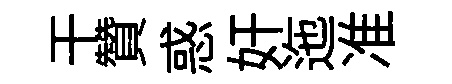
干贊惑奸迤准